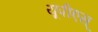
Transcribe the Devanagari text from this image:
यूपीएस्